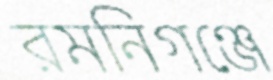
রমনিগঞ্জে